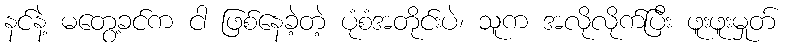
နင်နဲ့ မတွေ့ခင်က ငါ ဖြစ်နေခဲ့တဲ့ ပုံစံအတိုင်းပဲ၊ သူက အလိုလိုက်ပြီး ဖူးဖူးမှုတ်